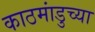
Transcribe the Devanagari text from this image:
काठमांडुच्या